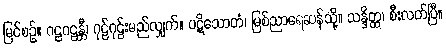
မြင်စဉ်။ ဂဠဂဠန္တီ၊ ဂုဠ်ဂုဠ်းမည်လျှက်။ ပဋိသောတံ၊ မြစ်ညာရေဆန်သို့။ သန္ဒိတ္ထ၊ စီးလတ်ပြီ။